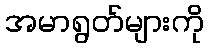
အမာရွတ်များကို